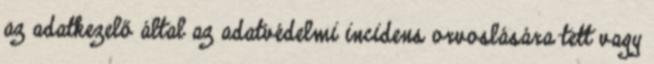
az adatkezelő által az adatvédelmi incidens orvoslására tett vagy